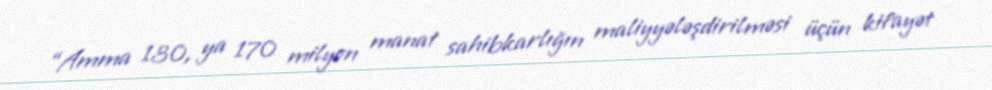
“Amma 130, ya 170 milyon manat sahibkarlığın maliyyələşdirilməsi üçün kifayət